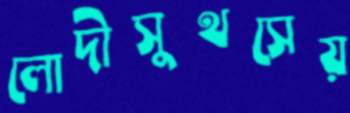
লোদীসুথসেয়